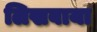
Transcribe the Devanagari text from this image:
लिखबाया